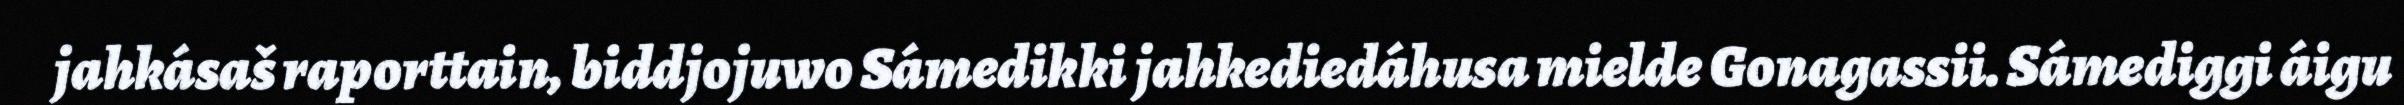
jahkásaš raporttain, biddjojuwo Sámedikki jahkediedáhusa mielde Gonagassii. Sámediggi áigu